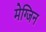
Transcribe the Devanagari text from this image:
मेग्जिन